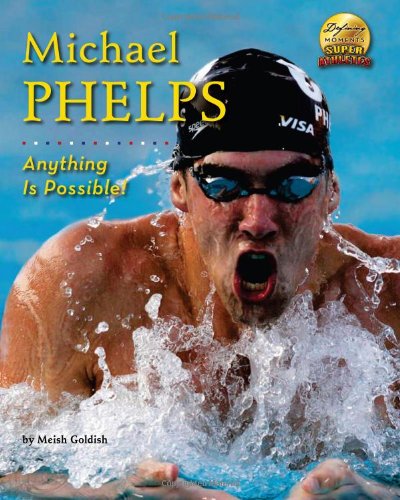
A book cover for Michael Phelps: Anything is Possible! (Defining Moments); Meish Goldish; Children's Books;